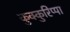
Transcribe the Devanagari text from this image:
कुक्कुरिप्पा